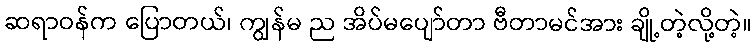
ဆရာဝန်က ပြောတယ်၊ ကျွန်မ ည အိပ်မပျော်တာ ဗီတာမင်အား ချို့တဲ့လို့တဲ့။